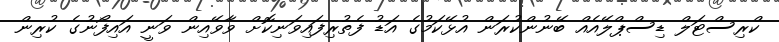
ކްރިސްޓަލް ޑިސްޕްލޭއެއް ބޭނުންކުރަން އުޅޭކަމުގެ އަޑު ފެތުރިފައިވަނިކޮށް ވާވޭއިން ވަނީ އައިފޯނުގެ ކުރިން